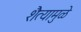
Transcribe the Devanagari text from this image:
शैत्यामुळे